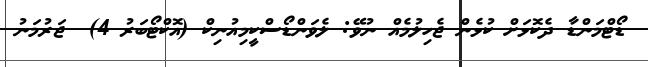
ޑޯޓްމަންޑާ ދެކޮޅަށް ކުޅެން ޖެހިލުމެއް ނުވޭ: ލެވަންޑޯސްކީމިއުނިކް (އޮކްޓޯބަރު 4)  ޖަރުމަނު